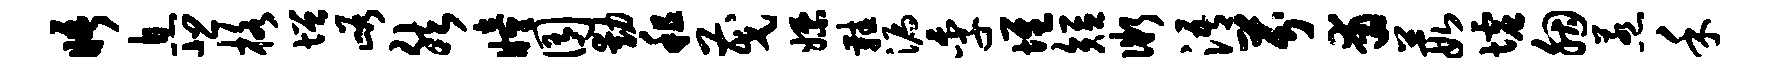
晤息悲格增峪然瞳囿动租茂嫖鞋漏季堆短微浯芬甫葭墟胭惹禾